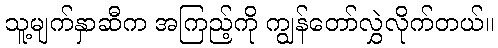
သူ့မျက်နှာဆီက အကြည့်ကို ကျွန်တော်လွှဲလိုက်တယ်။